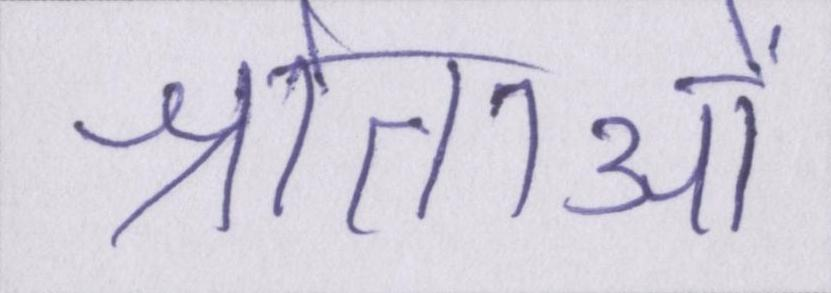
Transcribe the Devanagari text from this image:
श्रोताओं